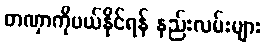
တဏှာကိုပယ်နိုင်ရန် နည်းလမ်းများ